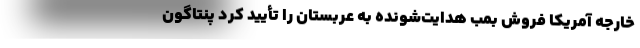
خارجه آمریکا فروش بمب هدایت‌شونده به عربستان را تأیید کرد پنتاگون